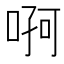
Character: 𠶄